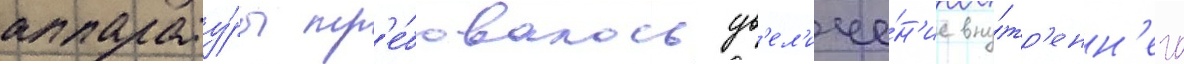
аппарату́ры тр'е́бовалось ув'ел'иче́н'ие вну́тр'енн'его